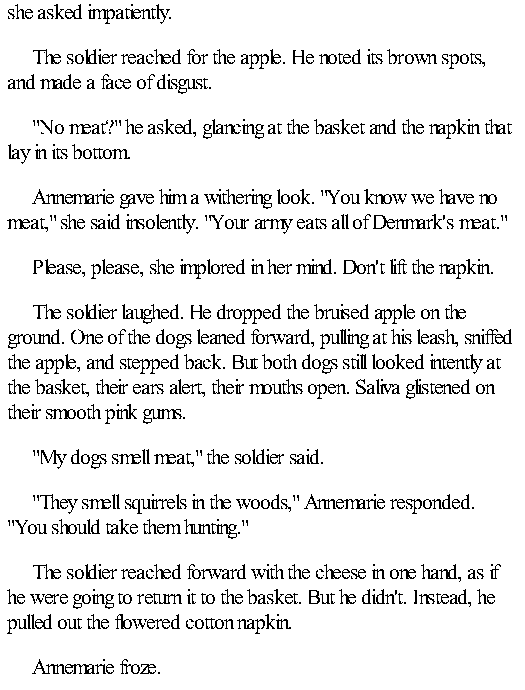
she asked impatiently.
 The soldier reached for the apple. He noted its brown spots,
 and made a face of disgust.
 "No meat?" he asked, glancing at the basket and the napkin that
 lay in its bottom.
 Annemarie gave him a withering look. "You know we have no
 meat," she said insolently. "Your army eats all of Denmark's meat."
 Please, please, she implored in her mind. Don't lift the napkin.
 The soldier laughed. He dropped the bruised apple on the
 ground. One of the dogs leaned forward, pulling at his leash, sniffed
 the apple, and stepped back. But both dogs still looked intently at
 the basket, their ears alert, their mouths open. Saliva glistened on
 their smooth pink gums.
 "My dogs smell meat," the soldier said.
 "They smell squirrels in the woods," Annemarie responded.
 "You should take them hunting."
 The soldier reached forward with the cheese in one hand, as if
 he were going to return it to the basket. But he didn't. Instead, he
 pulled out the flowered cotton napkin.
 Annemarie froze.